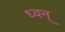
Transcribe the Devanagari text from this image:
ध्वन्